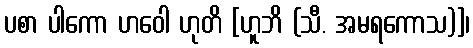
ပစာ ပါကော ဟဝေါ ဟုတိ [ဟူဘိ (သီ. အမရကောသ)]၊